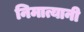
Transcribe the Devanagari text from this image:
निमात्यानी